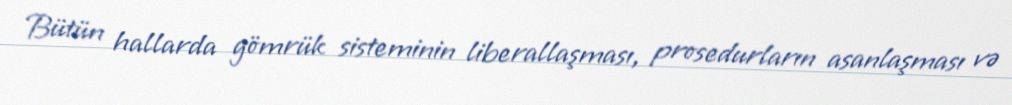
Bütün hallarda gömrük sisteminin liberallaşması, prosedurların asanlaşması və